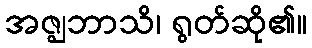
အဇ္ဈဘာသိ၊ ရွတ်ဆို၏။